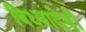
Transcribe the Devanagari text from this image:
बिध्यादेबी